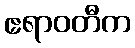
ဧရာဝတီက